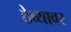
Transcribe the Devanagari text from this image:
ठेव्यावर